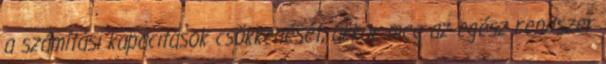
a számítási kapacitások csökkenését, akkor meg az egész rendszer